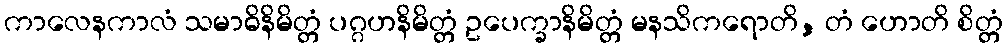
ကာလေနကာလံ သမာဓိနိမိတ္တံ ပဂ္ဂဟနိမိတ္တံ ဥပေက္ခာနိမိတ္တံ မနသိကရောတိ, တံ ဟောတိ စိတ္တံ